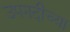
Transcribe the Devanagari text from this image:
उपनदीच्या